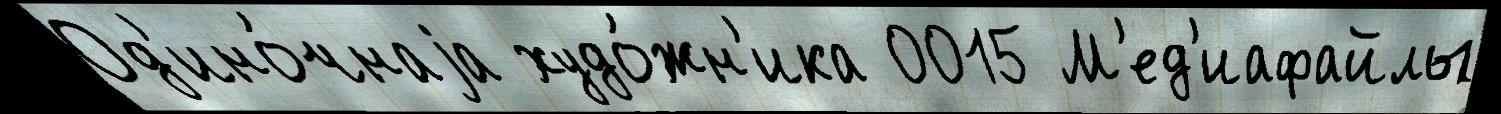
Од'ино́чнаjа худо́жн'ика 0015 М'ед'иафайлы